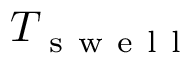
T _ { \mathrm { ~ s ~ w ~ e ~ l ~ l ~ } }